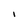
Character: I